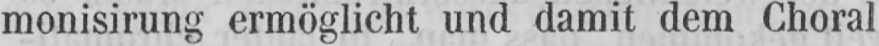
monisirung ermöglicht und damit dem Choral